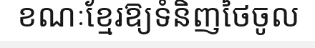
ខណៈខ្មែរឱ្យទំនិញថៃចូល